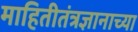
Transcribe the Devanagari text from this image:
माहितीतंत्रज्ञानाच्या